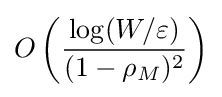
O\left({\frac {\log(W/\varepsilon )}{(1-\rho _{M})^{2}}}\right)